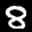
Label: 8